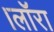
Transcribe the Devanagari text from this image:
।लाॅरा